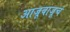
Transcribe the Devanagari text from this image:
आजूबाजूचं